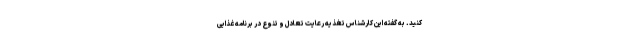
کنید. به گفته این کارشناس تغذیه رعایت تعادل و تنوع در برنامه غذایی